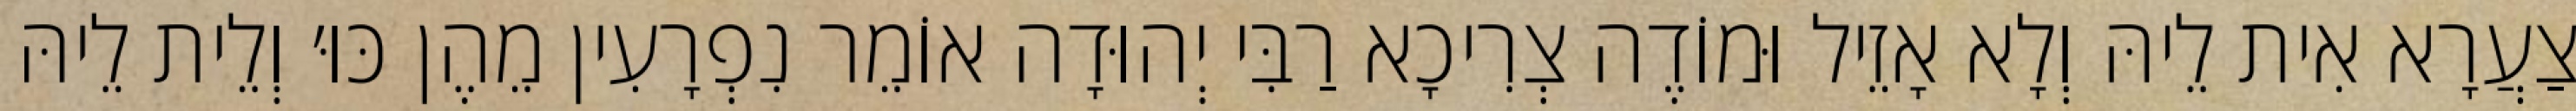
צַעֲרָא אִית לֵיהּ וְלָא אָזֵיל וּמוֹדֶה צְרִיכָא רַבִּי יְהוּדָה אוֹמֵר נִפְרָעִין מֵהֶן כּוּ׳ וְלֵית לֵיהּ